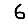
Digit: 6